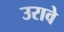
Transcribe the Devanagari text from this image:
उरावे